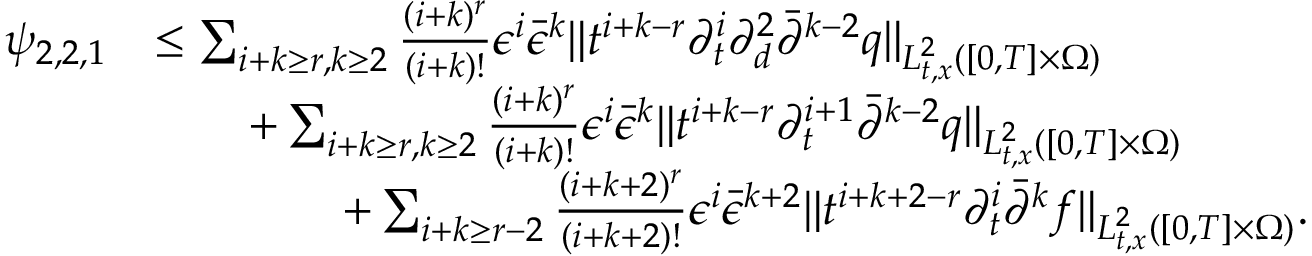
\begin{array} { r l } { \psi _ { 2 , 2 , 1 } } & { \le \sum _ { i + k \ge r , k \ge 2 } \frac { ( i + k ) ^ { r } } { ( i + k ) ! } \epsilon ^ { i } \bar { \epsilon } ^ { k } \| t ^ { i + k - r } \partial _ { t } ^ { i } \partial _ { d } ^ { 2 } \bar { \partial } ^ { k - 2 } q \| _ { L _ { t , x } ^ { 2 } ( [ 0 , T ] \times \Omega ) } } \\ & { \quad \quad + \sum _ { i + k \ge r , k \ge 2 } \frac { ( i + k ) ^ { r } } { ( i + k ) ! } \epsilon ^ { i } \bar { \epsilon } ^ { k } \| t ^ { i + k - r } \partial _ { t } ^ { i + 1 } \bar { \partial } ^ { k - 2 } q \| _ { L _ { t , x } ^ { 2 } ( [ 0 , T ] \times \Omega ) } } \\ & { \quad \quad \quad \quad + \sum _ { i + k \ge r - 2 } \frac { ( i + k + 2 ) ^ { r } } { ( i + k + 2 ) ! } \epsilon ^ { i } \bar { \epsilon } ^ { k + 2 } \| t ^ { i + k + 2 - r } \partial _ { t } ^ { i } \bar { \partial } ^ { k } f \| _ { L _ { t , x } ^ { 2 } ( [ 0 , T ] \times \Omega ) } . } \end{array}